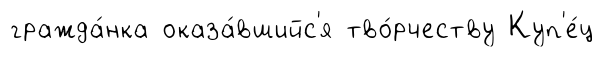
гражда́нка оказа́вшийс'я тво́рчеству Куп'е́ц